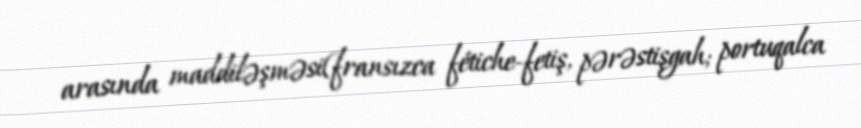
arasında maddiləşməsi(fransızca fétiche-fetiş, pərəstişgah; portuqalca